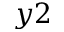
y 2